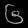
Digit: ၆